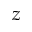
z